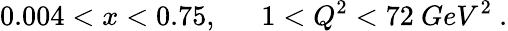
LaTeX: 0.004<x<0.75,~~~~~~1<Q^{2}<72~GeV^{2}~.